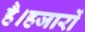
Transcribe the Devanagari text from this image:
है।हजारों